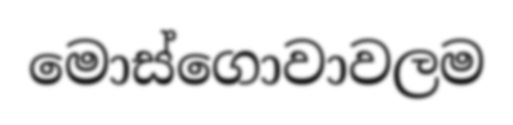
මොස්ගොවාවලම